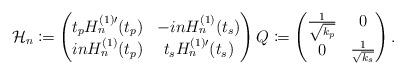
LaTeX: \begin{align*}\mathcal{H}_n \coloneqq \begin{pmatrix}t_p H^{(1)\prime}_n(t_p) & -in H^{(1)}_n(t_s)\\in H^{(1)}_n(t_p) & t_s H^{(1)\prime}_n(t_s)\end{pmatrix} Q \coloneqq \begin{pmatrix}\frac{1}{\sqrt{k_p}} & 0 \\0 & \frac{1}{\sqrt{k_s}}\end{pmatrix}.\end{align*}